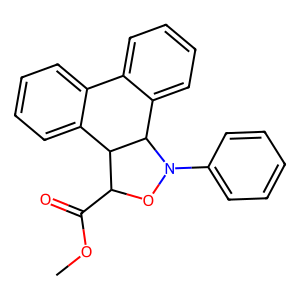
SMILES: COC(=O)C1ON(c2ccccc2)C2c3ccccc3-c3ccccc3C12
Inhibits HIV replication: No